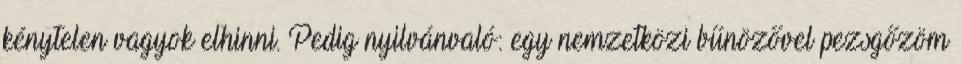
kénytelen vagyok elhinni. Pedig nyilvánvaló: egy nemzetközi bűnözővel pezsgőzöm